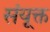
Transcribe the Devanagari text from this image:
संयूक्त